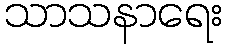
သာသနာရေး